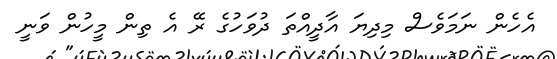
އެހެން ނަމަވެސް މިދިޔަ އާދީއްތަ ދުވަހުގެ ރޭ އެ ތިން މީހުން ވަނީ